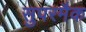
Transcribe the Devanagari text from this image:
सुपरमैक